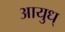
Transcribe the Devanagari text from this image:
आयुध्